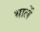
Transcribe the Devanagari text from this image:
भालें